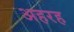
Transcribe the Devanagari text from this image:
अहरह